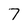
Character: 7